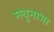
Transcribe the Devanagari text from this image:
मधुनाभा